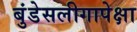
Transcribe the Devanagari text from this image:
बुंडेसलीगापेक्षा